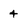
Character: 4